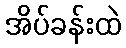
အိပ်ခန်းထဲ